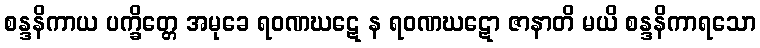
စန္ဒနိကာယ ပက္ခိတ္တေ အမုခေ ရဝဏဃဋေ န ရဝဏဃဋော ဇာနာတိ မယိ စန္ဒနိကာရသော